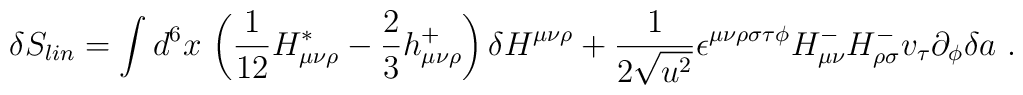
\delta S_{lin}=  \int d^6x\,\left(\frac1{12}H^*_{\mu\nu\rho}-\frac23 h^{+}_{\mu\nu\rho}\right)\delta H^{\mu\nu\rho} +\frac1{2\sqrt{u^2}}\epsilon^{\mu\nu\rho\sigma\tau\phi} H^-_{\mu\nu}H^-_{\rho\sigma}v_\tau\partial_\phi\delta a   \ .